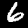
Digit: 6